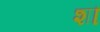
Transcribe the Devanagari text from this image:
शॊ